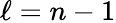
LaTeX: \ell=n-1